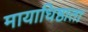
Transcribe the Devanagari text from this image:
मायाधिष्ठाता